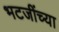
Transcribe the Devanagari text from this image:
भटजींच्या